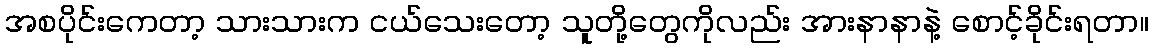
အစပိုင်းကေတာ့ သားသားက ငယ်သေးတော့ သူတို့တွေကိုလည်း အားနာနာနဲ့ စောင့်ခိုင်းရတာ။